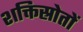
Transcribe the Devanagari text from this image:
शक्तिस्रोतों